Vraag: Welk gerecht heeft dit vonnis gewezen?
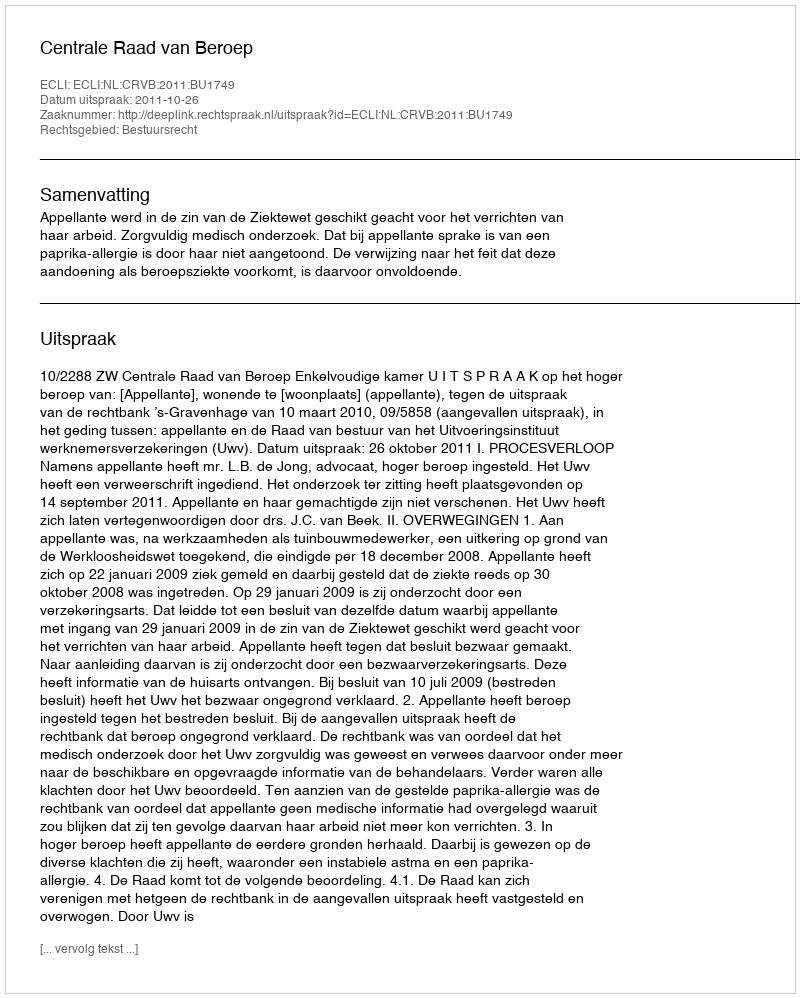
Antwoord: Centrale Raad van Beroep